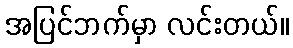
အပြင်ဘက်မှာ လင်းတယ်။